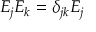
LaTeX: E _ { j } E _ { k } = \delta _ { j k } E _ { j }